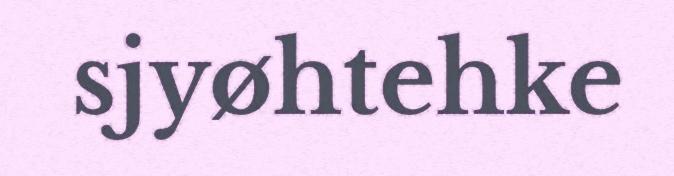
sjyøhtehke